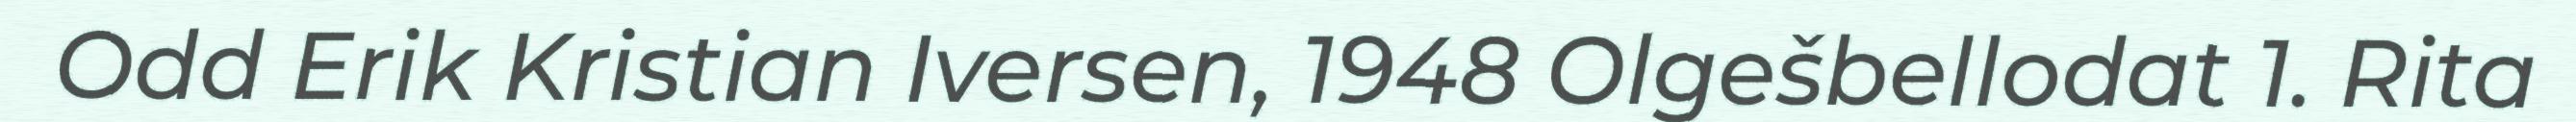
Odd Erik Kristian Iversen, 1948 Olgešbellodat 1. Rita